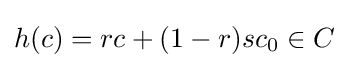
{\textstyle h(c)=rc+(1-r)sc_{0}\in C}